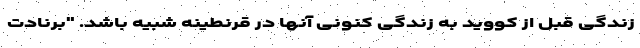
زندگی قبل از کووید به زندگی کنونی آنها در قرنطینه شبیه باشد. "برنادت